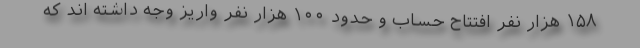
۱۵۸ هزار نفر افتتاح حساب و حدود ۱۰۰ هزار نفر واریز وجه داشته اند که